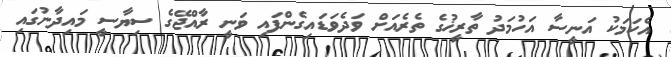
އެކަމަކު އަނީސާ އަހުމަދު ތާރީޚުގެ ތެރެއަށް ވަދެވަޑައިގެންފައި ވަނީ ރާއްޖޭގެ ސިޔާސީ މައިދާނުގައި